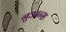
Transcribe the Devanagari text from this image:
नुआन्स